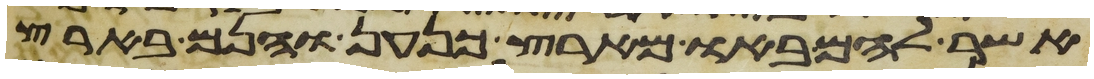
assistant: אשר להם באו מארץ כנען והנם בארץ